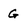
Character: G